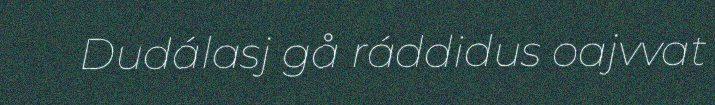
Dudálasj gå ráddidus oajvvat